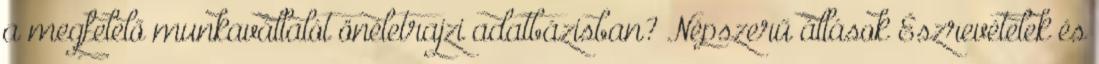
a megfelelő munkavállalót önéletrajzi adatbázisban? Népszerű állások Észrevételek és